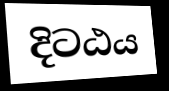
දිටඨය